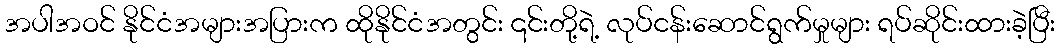
အပါအဝင် နိုင်ငံအများအပြားက ထိုနိုင်ငံအတွင်း ၎င်းတို့ရဲ့ လုပ်ငန်းဆောင်ရွက်မှုများ ရပ်ဆိုင်းထားခဲ့ပြီး